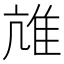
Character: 𨾒